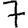
Digit: 7